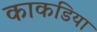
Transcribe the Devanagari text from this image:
काकडिया